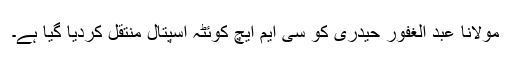
مولانا عبد الغفور حیدری کو سی ایم ایچ کوئٹہ اسپتال منتقل کردیا گیا ہے۔